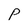
Character: p